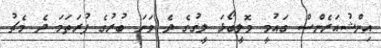
އިންޝުއަރެންސް ގައުމީ ވޮލީބޯޅަ ލީގުގެ ދެ ވަނަ ބުރުގެ ފުރަތަމަ ދެ މެޗު